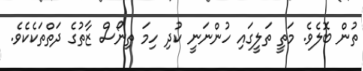
ތުން ބޮލެވެ. މަތީ ތަލީގައި ހުންނަނީ ކުދި ހިމަ ތިނޯސް ޒާތުގެ ދަތްތަކެކެވެ.